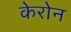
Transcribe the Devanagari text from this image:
केरोन